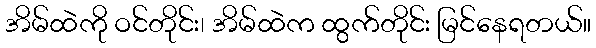
အိမ်ထဲကို ဝင်တိုင်း၊ အိမ်ထဲက ထွက်တိုင်း မြင်နေရတယ်။